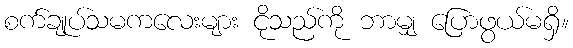
စက်ချုပ်သမကလေးများ ငိုသည်ကို ဘာမျှ ပြောဖွယ်မရှိ။